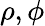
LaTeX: \rho,\phi